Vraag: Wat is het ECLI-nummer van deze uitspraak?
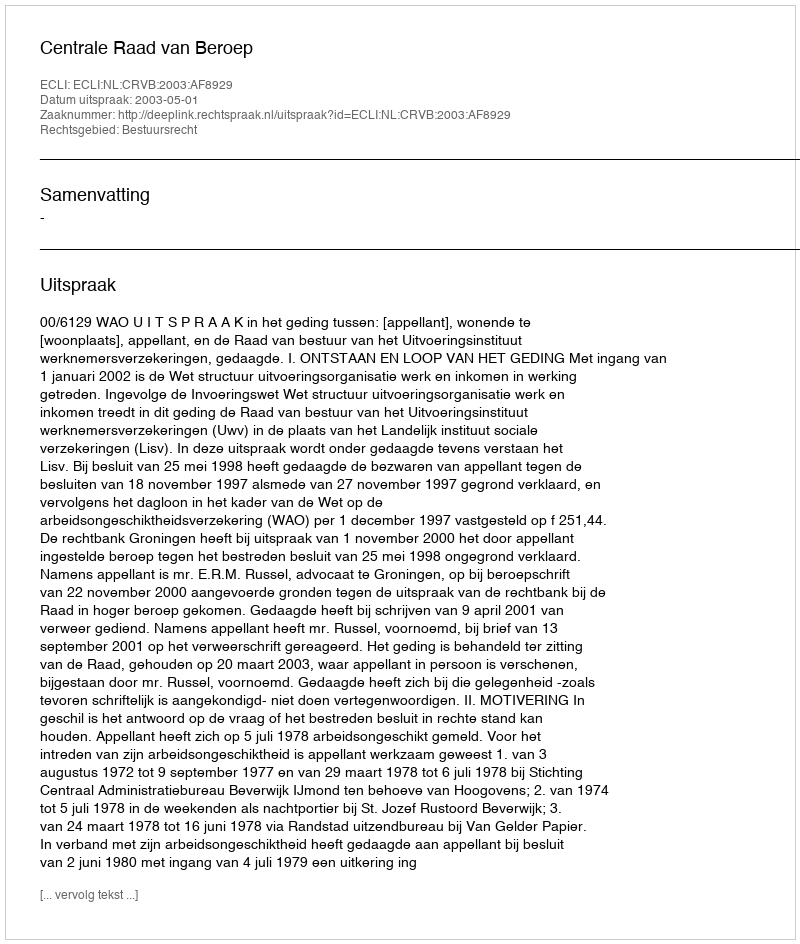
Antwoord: ECLI:NL:CRVB:2003:AF8929